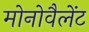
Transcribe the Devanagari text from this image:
मोनोवैलेंट